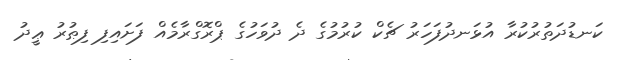
ކަނޑުދަތުރުކުރާ އުޅަނދުފަހަރު ޗެކް ކުރުމުގެ ދެ ދުވަހުގެ ޕްރޮގްރާމެއް ފަށައިފި ފިޠުރު ޢީދު